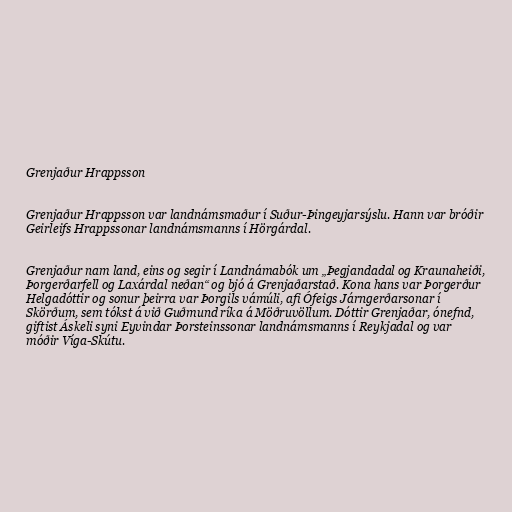
Grenjaður Hrappsson

Grenjaður Hrappsson var landnámsmaður í Suður-Þingeyjarsýslu. Hann var bróðir
Geirleifs Hrappssonar landnámsmanns í Hörgárdal.

Grenjaður nam land, eins og segir í Landnámabók um „Þegjandadal og Kraunaheiði,
Þorgerðarfell og Laxárdal neðan“ og bjó á Grenjaðarstað. Kona hans var Þorgerður
Helgadóttir og sonur þeirra var Þorgils vámúli, afi Ófeigs Járngerðarsonar í
Skörðum, sem tókst á við Guðmund ríka á Möðruvöllum. Dóttir Grenjaðar, ónefnd,
giftist Áskeli syni Eyvindar Þorsteinssonar landnámsmanns í Reykjadal og var
móðir Víga-Skútu.